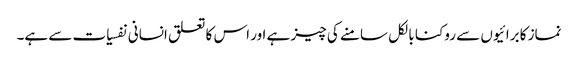
نماز کا برائیوں سے روکنا بالکل سامنے کی چیز ہے اور اس کا تعلق انسانی نفسیات سے ہے۔